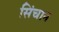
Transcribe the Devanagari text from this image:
सिंचान